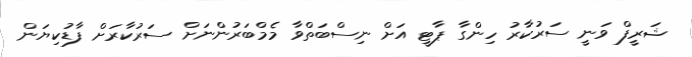
ޝަރީފް ވަނީ ސަރުކާރު ހިންގާ ޕާޓީ އަށް ނިސްބަތްވާ މެމްބަރުންނަށް ސަރުކާރަށް ފާޑުކިޔަން